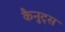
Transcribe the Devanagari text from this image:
कैनुट्स